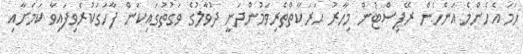
ހަމަ އެހެންމެ އަންހެން ރޭޕިސްޓުން މިހާރު ޙަރަކާތްތެރިވަމުންދަނީ ދުވާލުގެ ވަގުތުގައިކަން ފާހަގަކުރެވިފައިވާ ކަމަށާއި